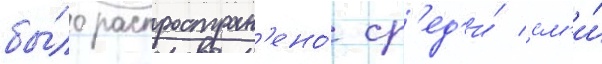
бы́ло распростран'ено́ ср'ед'и́ см'и́